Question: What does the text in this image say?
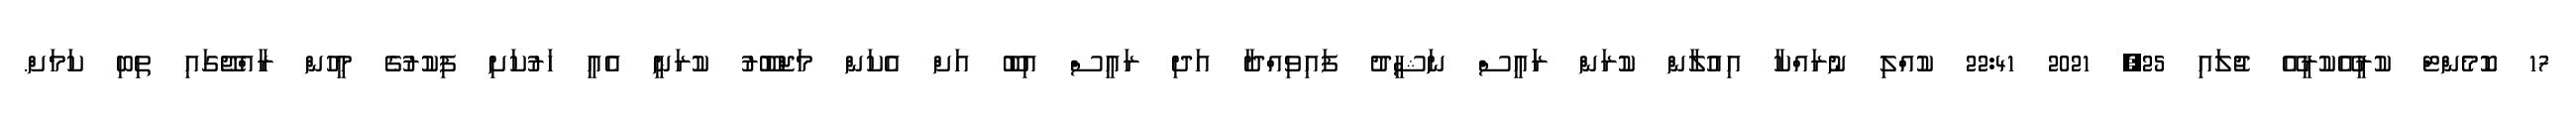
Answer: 17 ކޮމެންޓް ކުރީއޭކުރީއޭ ޖުލައި 25, 2021 22:41 ކުއްލި ނުރައްކާ އިއުލާން ކުރަން ރަައީސް ނަޝީދު ފައިވިއްދާ އަދި ރައީސް އިބޫ އަށް އެކަން މަޖްބޫރު ކުރަނީ އެއީ ހަރުކަށި ފިކުރުގެ މީހުން ރާއްޖޭގައި ތިބި ކަމަށް.